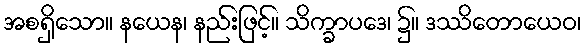
အစရှိသော။ နယေန၊ နည်းဖြင့်။ သိက္ခာပဒေ၊ ၌။ ဒဿိတောယေဝ၊